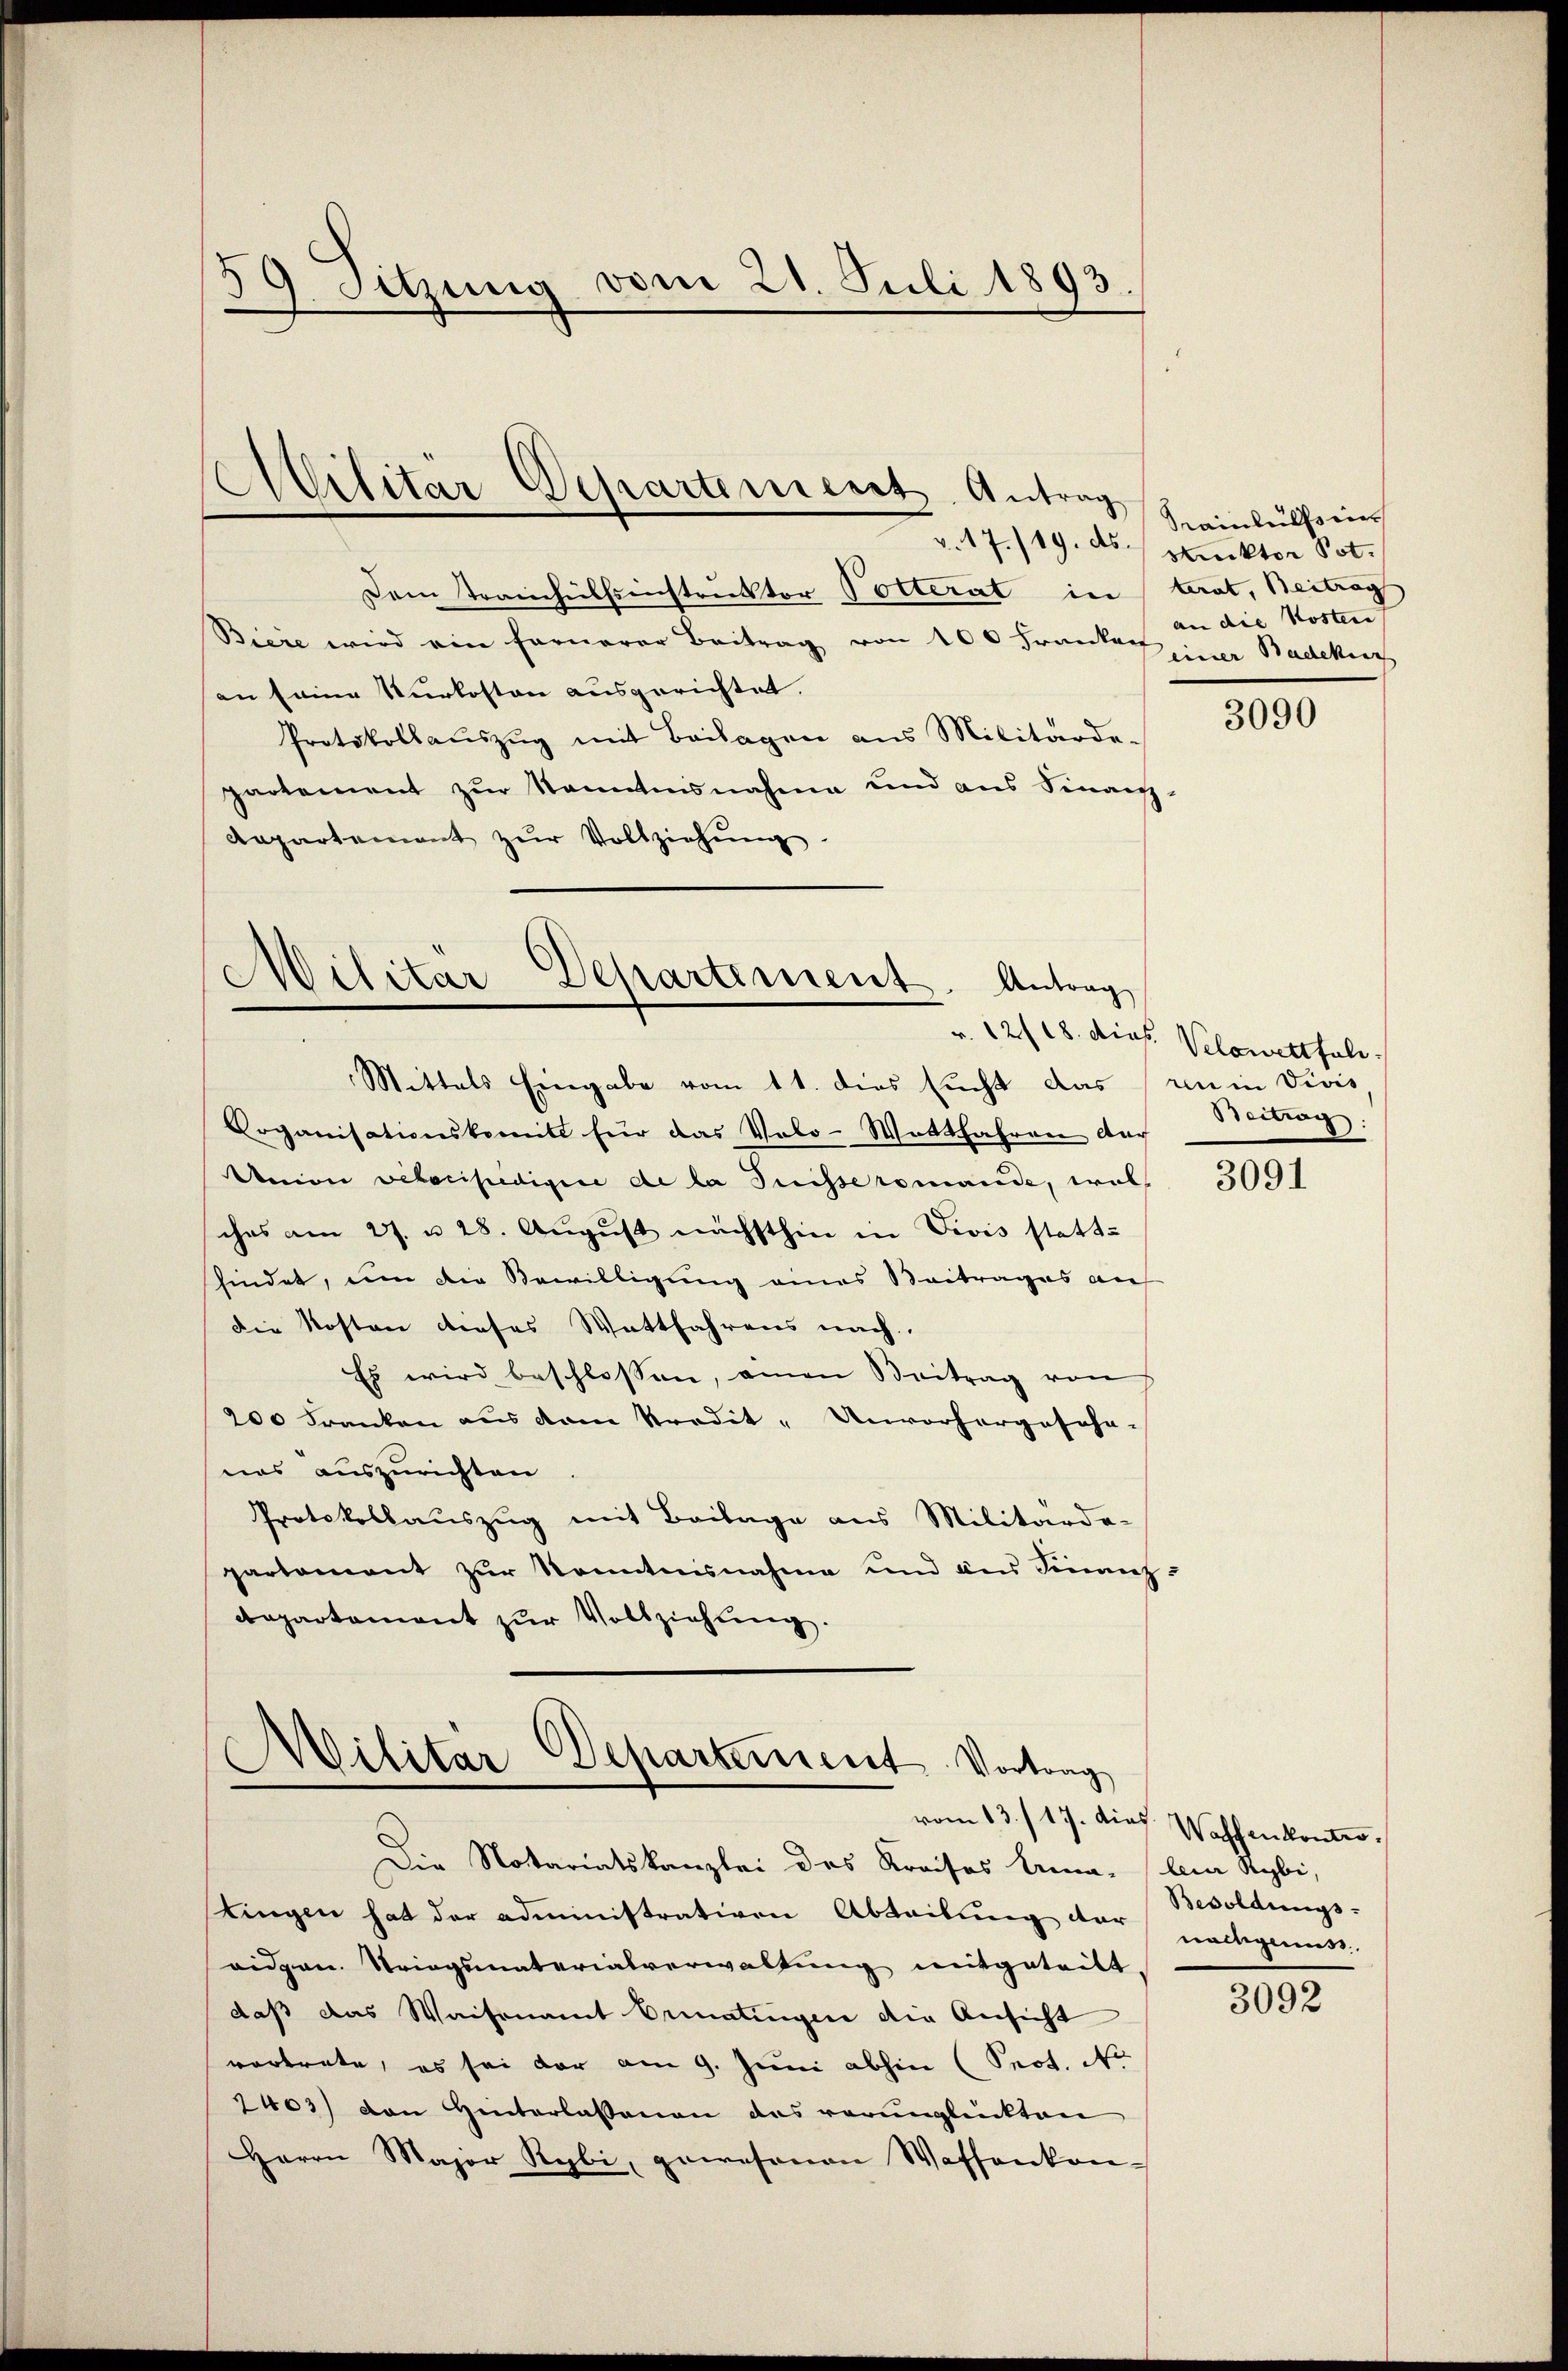
59. Sitzung vom 21. Juli 1893.

Dem Trainhülfsinstruktor Polterat interat, Beitrags
Bieie wird ein fernerer Beitrag von 100 Franken einer Badekir
an seine Kurkosten ausgerichtet.
Protokollaŭszŭg mit Beilagen aus Militärdepartement zŭr Kenntnisnahme und ans Finanz-
Aepartement zŭr Vollziehŭng.

Militär Departement. Antrag

(Militar Departement. Antrag
Mittels Eingabe vom 11. dies sucht das ren in Divis

Organisationskomit für das Velo-Wattfahren auch
Union verscheidigie de la Suisse romande, wel
sches am 27. u 28. August nächsthin in Divis statt-
findet, um die Bewilligung eines Beitrages auf
die Kosten dieses Wattfahrens nach.
Es wird beschlossen, einen Beitrag von
200 Franken aus dem Kredit- Unvorhergesehn-
nes auszurichten
Protokollauszug mit Beilage aus Militärde-
partament zŭr Kenntnisnahme und aus Finanz-
departement zur Vollziehung.

Militar Departement Vortrag

Die Notariatskanzlei des Kreises Arena bei Rybi,
tingen hat der administrativen Abteilung der
ridgen. Striegsmaterialverwaltung mitgeteilt.
daß das Waisenamt Ormatingen die Ansicht
vortrete, es sei der am 9. Juni abhin (Prot. No
2403) den Hinterlassenen das verunglückten
Herrn Major Rybi, gewesenen Waffenkon-

Sainhalts in
v. 17./19. ds. Muktor Pot.
an die Kosten

3090

r. 12/18. dies. Velowetthale.
Beitrag:

3091

vom 13./17. dies. Waffenkontes.
Besoldungs-
nachgenuss.

3092